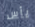
يأس